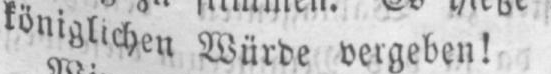
königlichen Würde vergeben!